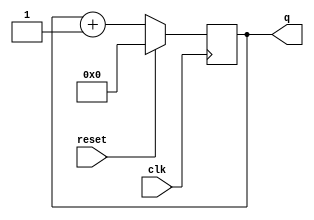
module top_module (
    input clk,
    input reset,      // Synchronous active-high reset
    output [3:0] q);
    
    always @(posedge clk)
        q <= reset?'0:q+1;

endmodule